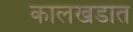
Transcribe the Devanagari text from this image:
कालखडांत